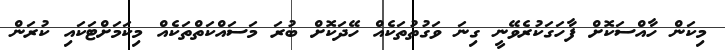
މިކަން ހާއްސަކޮށް ފާހަގަކުރެވޭނީ ގިނަ ވަގުތުތަކެއް ހޭދަކޮށް ބުރަ މަސައްކަތްތަކެއް މިކަމަށްޓަކައި ކުރަން